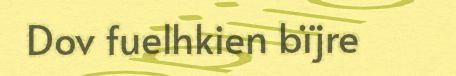
Dov fuelhkien bïjre